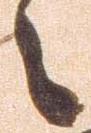
々